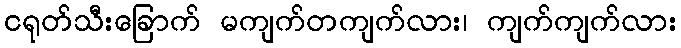
ငရုတ်သီးခြောက် မကျက်တကျက်လား၊ ကျက်ကျက်လား